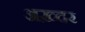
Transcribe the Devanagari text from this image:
अख़्दर